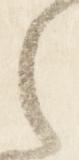
之